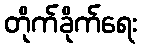
တိုက်ခိုက်ရေး